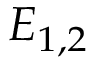
E _ { 1 , 2 }